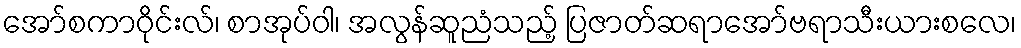
အော်စကာဝိုင်းလ်၊ စာအုပ်ဝါ၊ အလွန်ဆူညံသည့် ပြဇာတ်ဆရာအော်ဗရာသီးယားစလေ၊